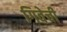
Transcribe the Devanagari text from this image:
गिवेची